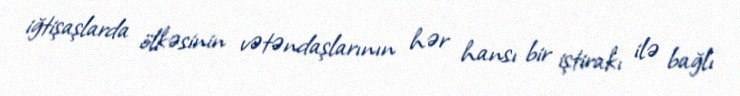
iğtişaşlarda ölkəsinin vətəndaşlarının hər hansı bir iştirakı ilə bağlı